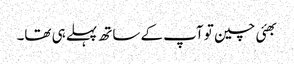
بھئی چین تو آپ کے ساتھ پہلے ہی تھا۔